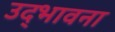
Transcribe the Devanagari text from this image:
उद्‌भावना